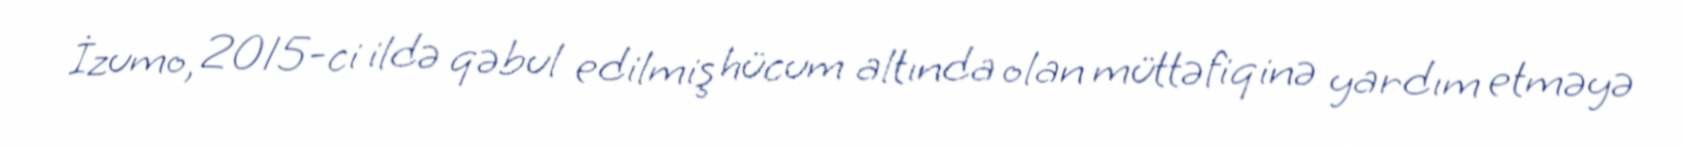
İzumo, 2015-ci ildə qəbul edilmiş hücum altında olan müttəfiqinə yardım etməyə